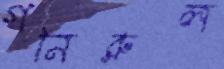
গনিরুল